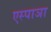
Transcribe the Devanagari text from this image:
एस्पाञा